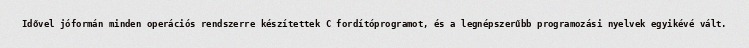
Idővel jóformán minden operációs rendszerre készítettek C fordítóprogramot, és a legnépszerűbb programozási nyelvek egyikévé vált.